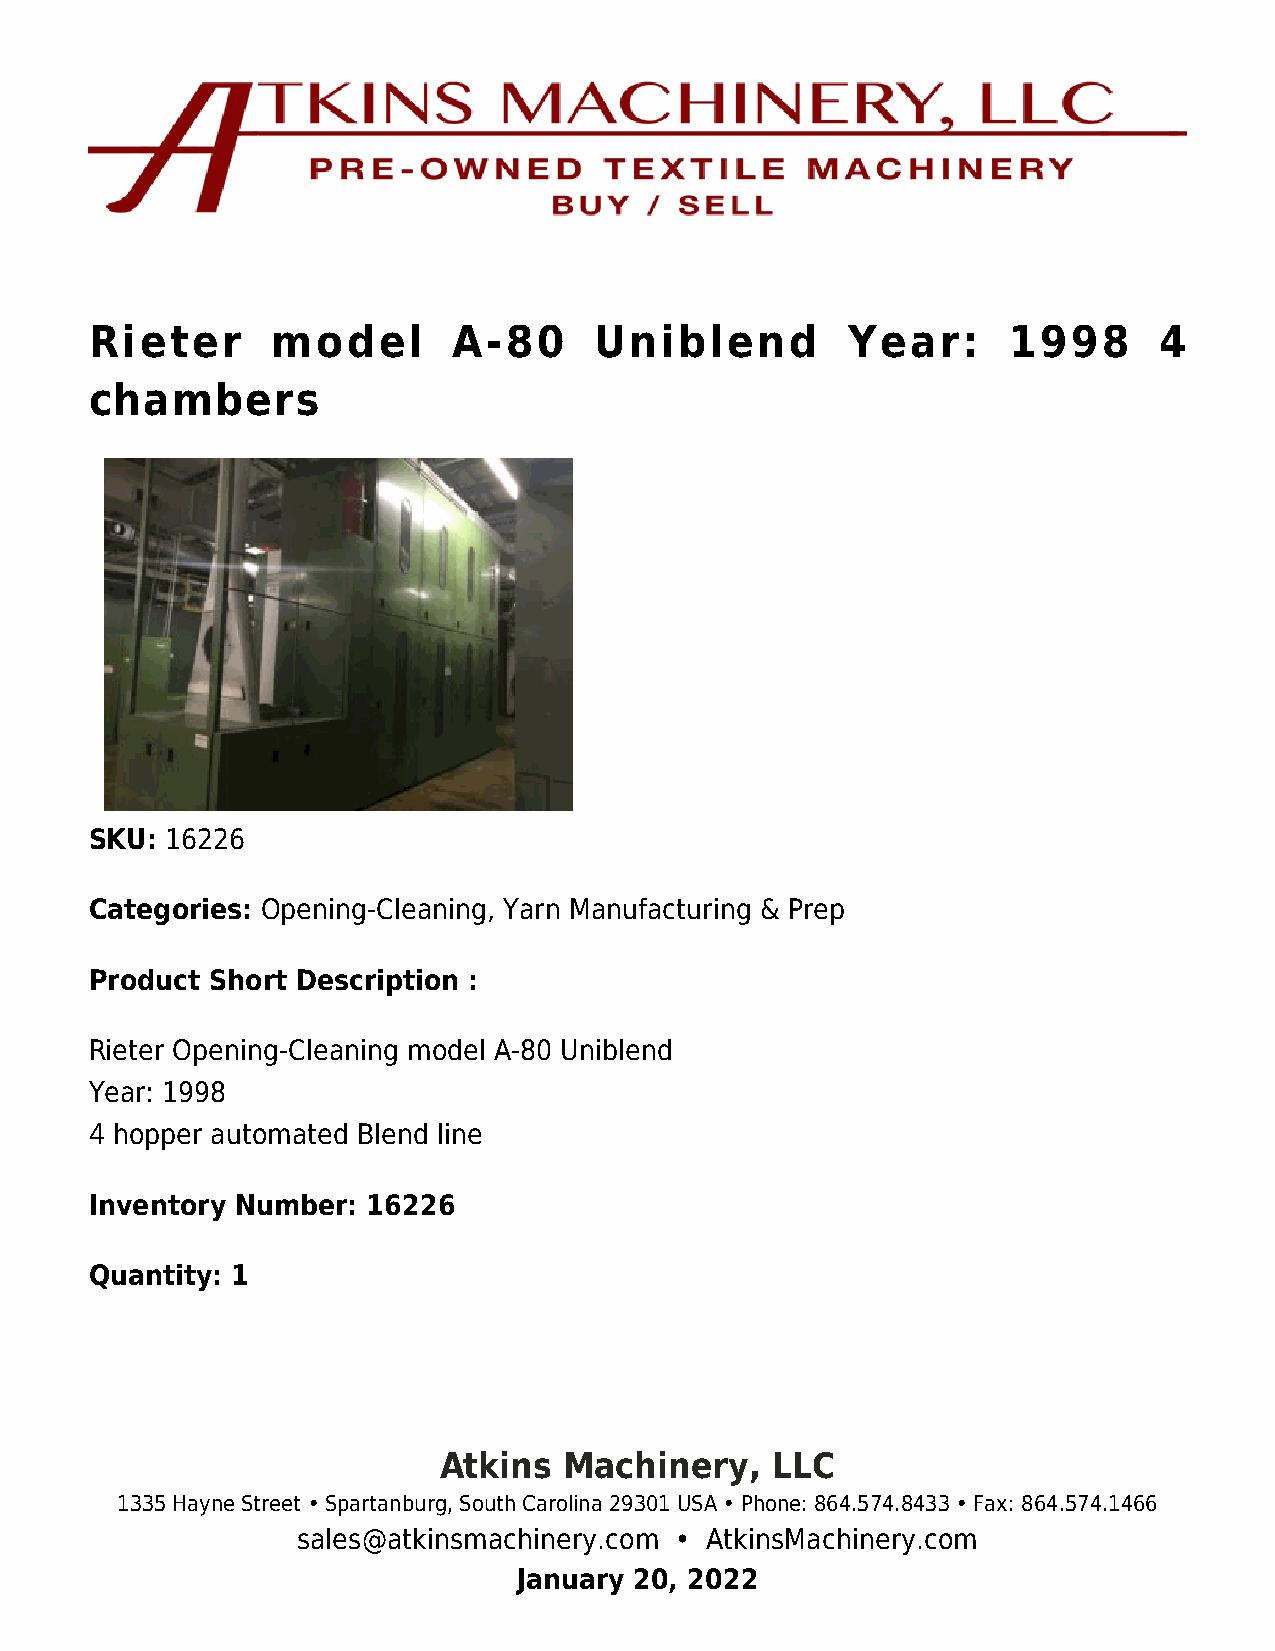
Rieter      model       A-80     Uniblend         Year:      1998      4
 chambers
 SKU: 16226
 Categories: Opening-Cleaning, Yarn Manufacturing & Prep
 Product Short Description :
 Rieter Opening-Cleaning model A-80 Uniblend
 Year: 1998
 4 hopper automated Blend line
 Inventory Number: 16226
 Quantity: 1
 Atkins  Machinery,    LLC
 1335 Hayne Street • Spartanburg, South Carolina 29301 USA • Phone: 864.574.8433 • Fax: 864.574.1466
 sales@atkinsmachinery.com • AtkinsMachinery.com
 January 20, 2022